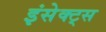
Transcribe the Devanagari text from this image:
इंसेक्ट्स